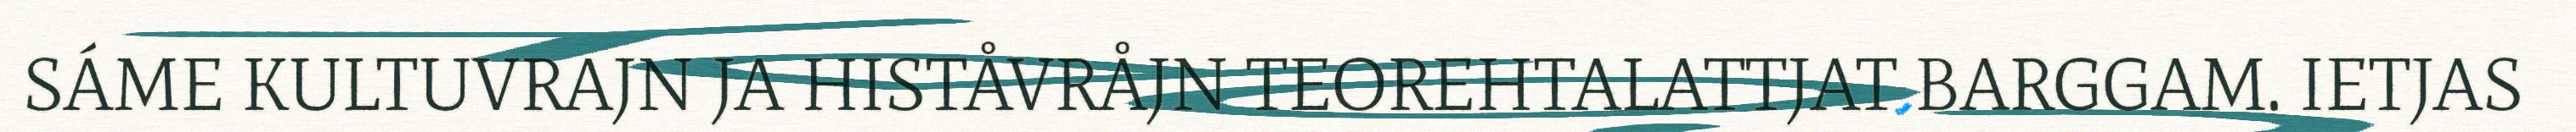
SÁME KULTUVRAJN JA HISTÅVRÅJN TEOREHTALATTJAT BARGGAM. IETJAS